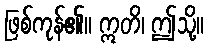
ဖြစ်ကုန်၏။ ဣတိ၊ ဤသို့။